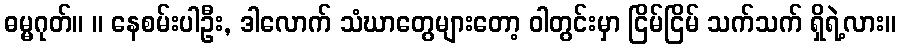
ဓမ္မဂုတ်။ ။ နေစမ်းပါဦး, ဒါလောက် သံဃာတွေများတော့ ဝါတွင်းမှာ ငြိမ်ငြိမ် သက်သက် ရှိရဲ့လား။